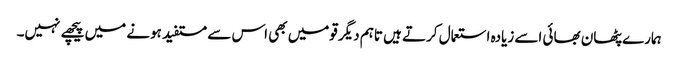
ہمارے پٹھان بھائی اسے زیادہ استعمال کرتے ہیں تاہم دیگر قومیں بھی اس سے مستفید ہونے میں پیچھے نہیں۔